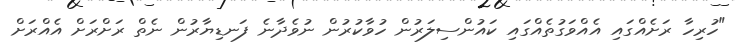
"ހުރިހާ ރަށެއްގައި އެއްވަގުތެއްގައި ކައުންސިލަރުން ހުވާކުރުން ނުވެދާނެ ފަނޑިޔާރުން ނެތް ރަށްރަށް އެއްރަށް